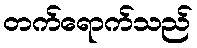
တက်ရောက်သည်